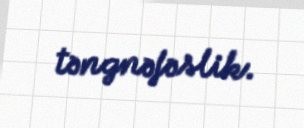
təngnəfəslik.